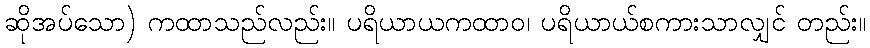
ဆိုအပ်သော) ကထာသည်လည်း။ ပရိယာယကထာဝ၊ ပရိယာယ်စကားသာလျှင် တည်း။